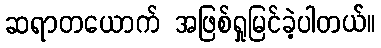
ဆရာတယောက် အဖြစ်ရှုမြင်ခဲ့ပါတယ်။